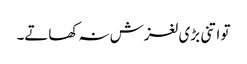
تو اتنی بڑی لغزش نہ کھاتے۔